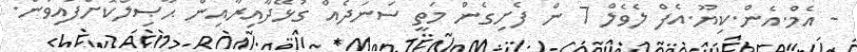
- އެމް.އެން.ކިޔޫ.އެފް ލެވެލް 7 ން ފެށިގެން މަތީ ސަނަދެއް ގުޅޭދާއިރާއިން ޙާޞިލްކޮށްފައިވުން.